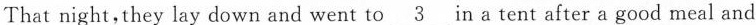
That night,they lay down and went to\underline{3} in a tent after a good meal and